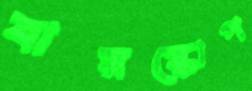
বায়স্কোপ